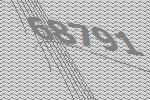
68791